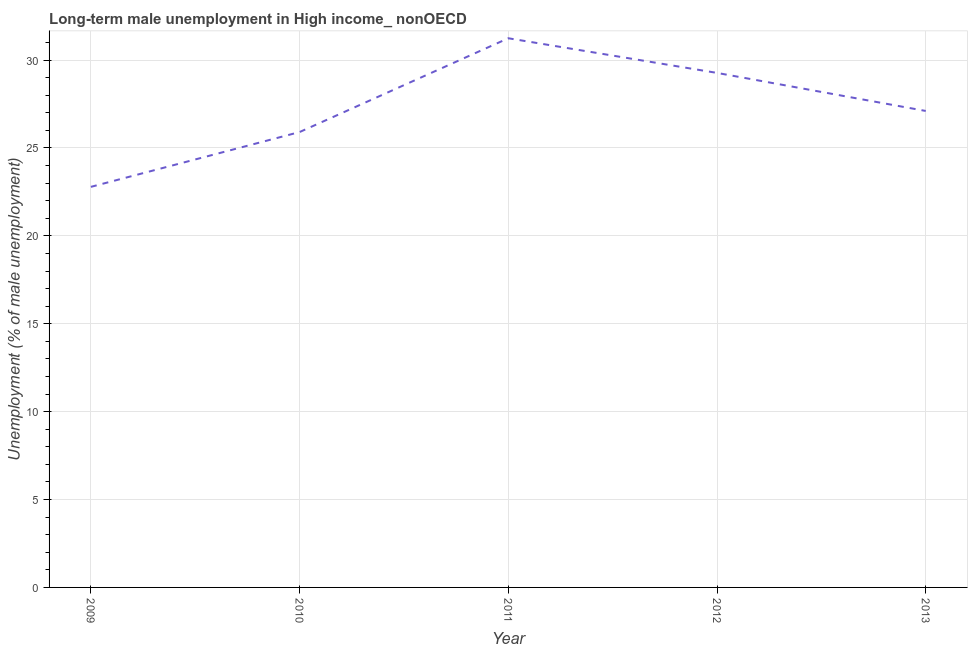
| Year | Long-term unemployment male |
 | --- | --- |
 | 2009 | 22.8 |
 | 2010 | 25.9 |
 | 2011 | 31.2 |
 | 2012 | 29.3 |
 | 2013 | 27.1 |